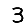
Digit: 3